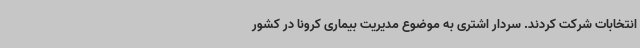
انتخابات شرکت کردند. سردار اشتری به موضوع مدیریت بیماری کرونا در کشور